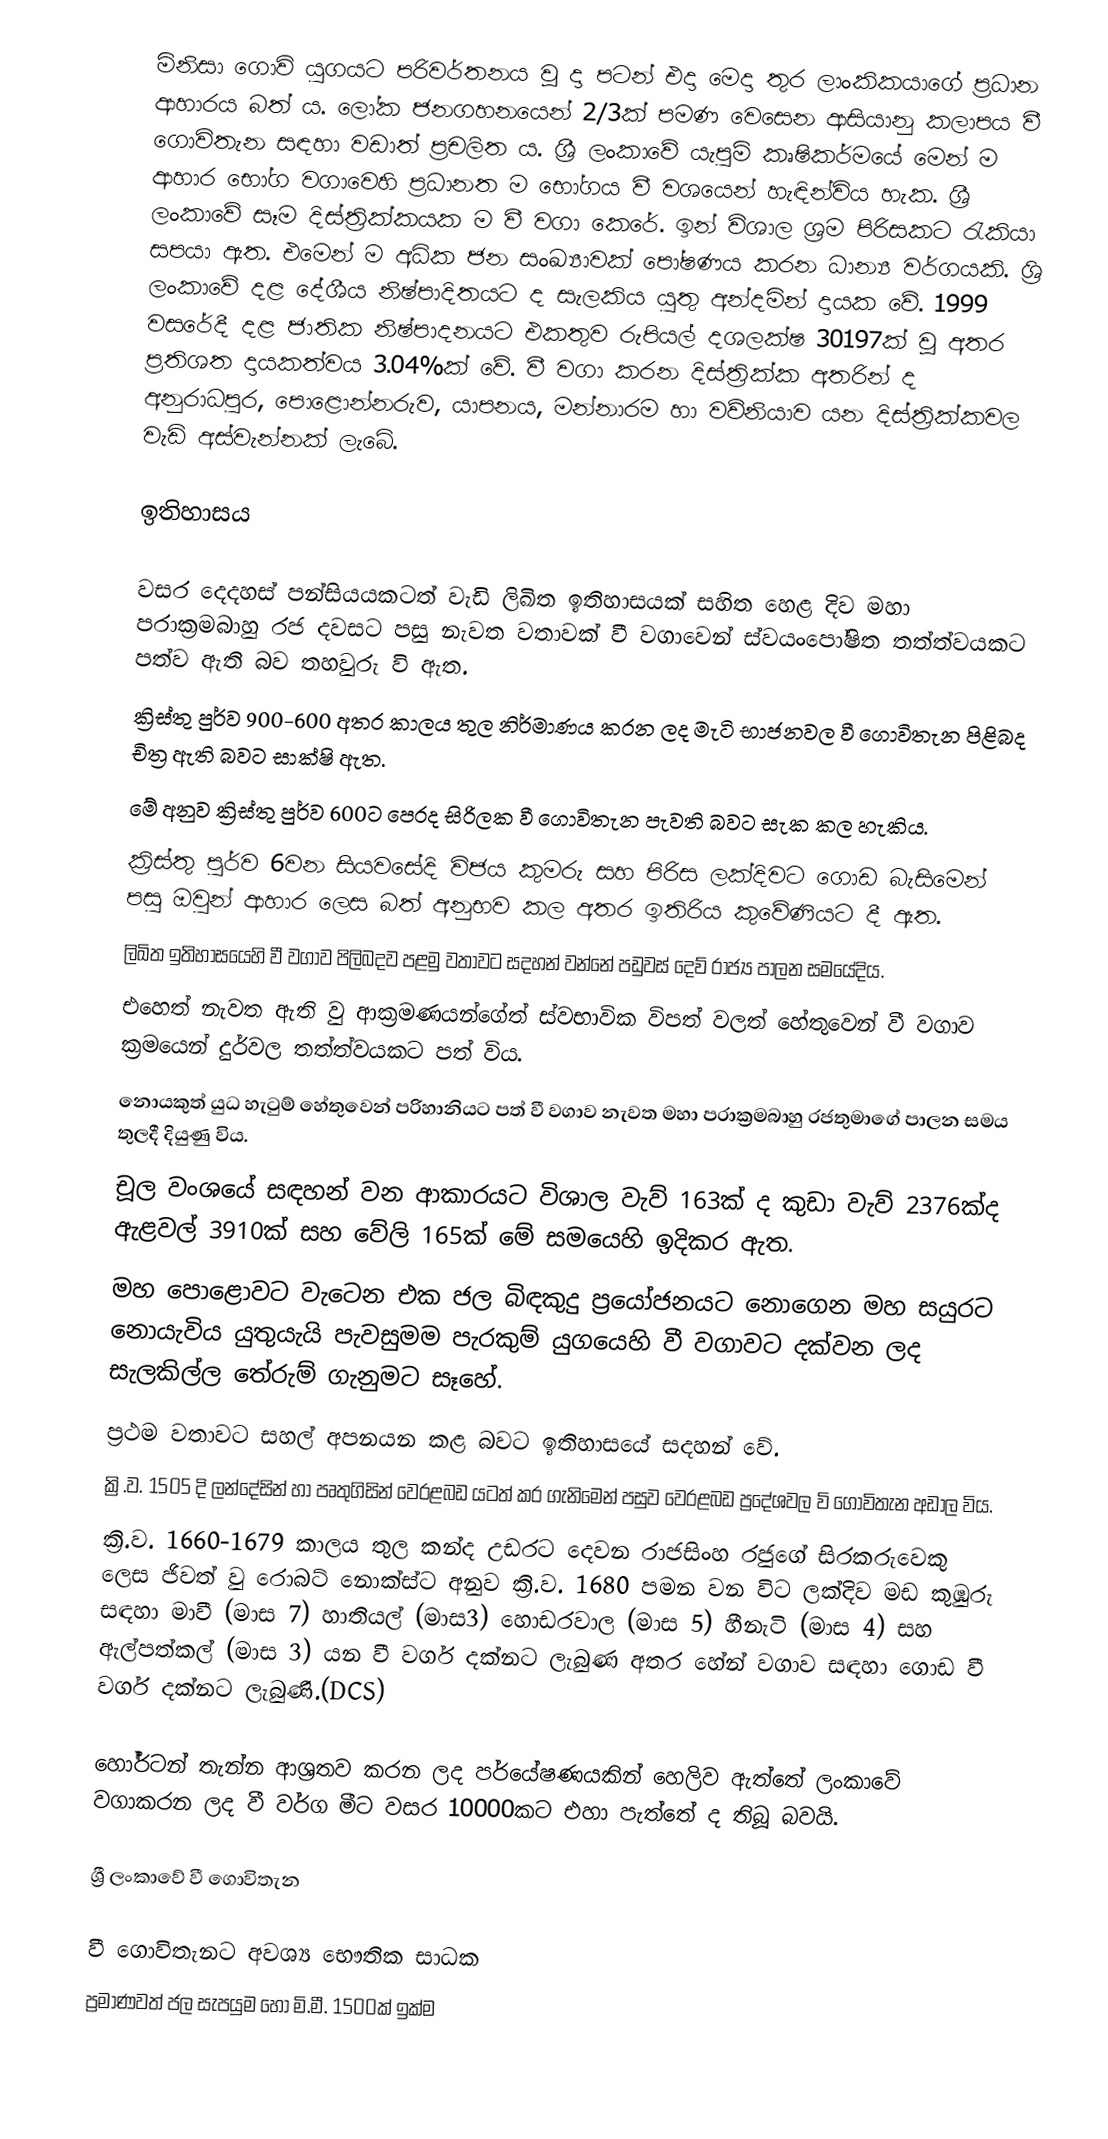
මිනිසා ගොවි යුගයට පරිවර්තනය වූ දා පටන් එදා මෙදා තුර ලාංකිකයාගේ ප්‍රධාන ආහාරය බත් ය.  ලෝක ජනගහනයෙන් 2/3ක් පමණ වෙසෙන ආසියානු කලාපය වී ගොවිතැන සඳහා වඩාත් ප්‍රචලිත ය. ශ්‍රී ලංකාවේ යැපුම් කෘෂිකර්මයේ මෙන් ම ආහාර භෝග වගාවෙහි ප්‍රධානත ම භෝගය වී වශයෙන් හැඳින්විය හැක. ශ්‍රී ලංකාවේ සෑම දිස්ත්‍රික්කයක ම වී වගා කෙරේ. ඉන් විශාල ශ්‍රම පිරිසකට රැකියා සපයා ඇත. එමෙන් ම අධික ජන සංඛ්‍යාවක් පෝෂණය කරන ධාන්‍ය වර්ගයකි. ශ්‍රි ලංකාවේ දළ දේශීය නිෂ්පාදිතයට ද සැලකිය යුතු අන්දමින් දායක වේ. 1999 ‍වසරේදී දළ ජාතික නිෂ්පාදනයට එකතුව රුපියල් දශලක්ෂ 30197ක් වූ අතර ප්‍රතිශත දායකත්වය 3.04%ක් වේ. වී වගා කරන දිස්ත්‍රික්ක අතරින් ද අනුරාධපුර, පොළොන්නරුව, යාපනය, මන්නාරම හා වව්නියාව යන දිස්ත්‍රික්කවල වැඩි අස්වැන්නක් ලැබේ.

ඉතිහාසය

වසර දෙදහස් පන්සියයකටත් වැඩි ලිඛිත ඉතිහාසයක් සහිත හෙළ දිව මහා පරාක්‍රමබාහු රජ දවසට පසු නැවත වතාවක් වී වගාවෙන් ස්වයංපෝෂිත තත්ත්වයකට පත්ව ඇති බව තහවුරු වි ඇත.
ක්‍රිස්තු පුර්ව 900-600 අතර කාලය තුල නිර්මාණය කරන ලද මැටි භාජනවල වී ගොවිතැන පිළිබද චිත්‍ර ඇති බවට සාක්ෂි ඇත.
මේ අනුව ක්‍රිස්තු පුර්ව 600ට පෙරද සිරිලක වී ගොවිතැන පැවති බවට සැක කල හැකිය.
ක්‍රිස්තු පුර්ව 6වන සියවසේදි විජය කුමරු සහ පිරිස ලක්දිවට ගොඩ බැසිමෙන් පසු ඔවුන් ආහාර ලෙස බත් අනුභව කල අතර ඉතිරිය කුවේණියට දී ඇත.
ලිඛිත ඉතිහාසයෙහි වී වගාව පිලිබදව පළමු වතාවට සදහන් වන්නේ පඩුවස් දෙව් රාජ්‍ය පාලන සමයේදිය.
එහෙත් නැවත ඇති වු ආක්‍රමණයන්ගේත් ස්වභාවික විපත් වලත් හේතුවෙන් වී වගාව ක්‍රමයෙන් දුර්වල තත්ත්වයකට පත් විය.
නොයකුත් යුධ හැටුම් හේතුවෙන් පරිහානියට පත් වී වගාව නැවත මහා පරාක්‍රමබාහු රජතුමාගේ පාලන සමය තුලදී දියුණු විය.
චූල වංශයේ සඳහන් වන ආකාරයට විශාල වැව් 163ක් ද කුඩා වැව් 2376ක්ද ඇළවල් 3910ක් සහ වේලි 165ක් මේ සමයෙහි ඉදිකර ඇත.
මහ පොළොවට වැටෙන එක ජල බිඳකුදු ප්‍රයෝජනයට නොගෙන මහ සයුරට නොයැවිය යුතුයැයි පැවසුමම පැරකුම් යුගයෙහි වී වගාවට දක්වන ලද සැලකිල්ල තේරුම් ගැනුමට සෑහේ.
ප්‍රථම වතාවට සහල් අපනයන කළ බවට ඉතිහාසයේ සදහන් වේ.
ක්‍රි.ව. 1505 දි ලන්දේසින් හා පෘතුගිසින් වෙරළබඩ යටත් කර ගැනිමෙන් පසුව වෙරළබඩ ප්‍රදේශවල වි ගොවිතැන අඩාල විය.
ක්‍රි.ව. 1660-1679 කාලය තුල කන්ද උඩරට දෙවන රාජසිංහ රජුගේ සිරකරුවෙකු ලෙස ජිවත් වු රොබට් නොක්ස්ට අනුව ක්‍රි.ව. 1680 පමන වන විට ලක්දිව මඩ කුඹුරු සඳහා මාවී (මාස 7) හාතියල් (මාස3) හොඩරවාල (මාස 5) හීනැටි (මාස 4) සහ ඇල්පත්කල් (මාස 3) යන වී වර්ග දක්නට ලැබුණ අතර හේන් වගාව සඳහා ගොඩ වී වර්ග දක්නට ලැබුණි.(DCS)

හෝර්ටන් තැන්න ආශ්‍රතව කරන ලද පර්යේෂණයකින් හෙලිව ඇත්තේ ලංකාවේ වගාකරන ලද වී වර්ග මීට වසර 10000කට එහා පැත්තේ ද තිබූ බවයි.

ශ්‍රී ලංකාවේ වී ගොවිතැන

වී ගොවිතැනට අවශ්‍ය භෞතික සාධක
ප්‍රමාණවත් ජල සැපයුම හෝ මි.මී. 1500ක් ඉක්ම